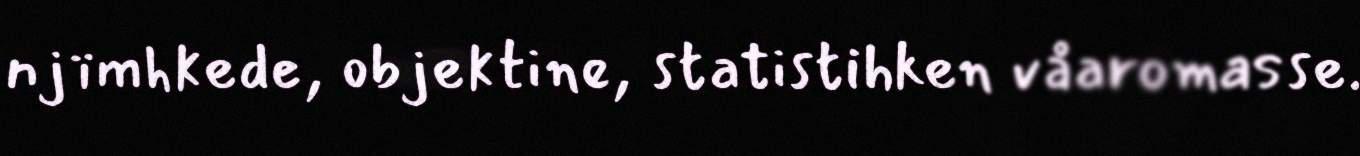
njïmhkede, objektine, statistihken våaromasse.